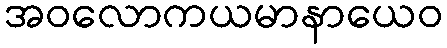
အဝလောကယမာနာယေဝ